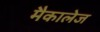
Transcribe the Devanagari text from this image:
मैकालेज